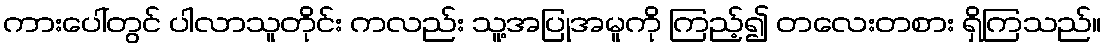
ကားပေါ်တွင် ပါလာသူတိုင်း ကလည်း သူ့အပြုအမူကို ကြည့်၍ တလေးတစား ရှိကြသည်။